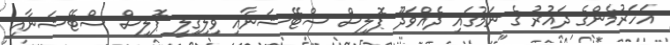
އަހަރުމެންގެ ދައުރު ގެ ނަމުގައި ދެއްވަދޫ ޕޮލިސް ސްޓޭޝަނާއި ވިލިގިލީ ޕޮލިސް ސްޓޭޝަނާއި